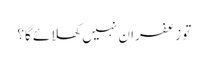
تو زعفران نہیں کھلائے گا؟